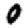
Digit: 0